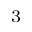
^ 3